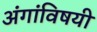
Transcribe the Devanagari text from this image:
अंगांविषयी